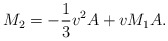
\begin{align*} M_2=-\frac{1}{3}v^2A+vM_1A.\end{align*}